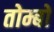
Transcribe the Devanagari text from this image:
तोम्बो